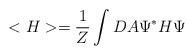
LaTeX: \begin{align*}<H> = \frac{1}{Z}\int DA \Psi^* H \Psi\end{align*}